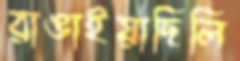
রাঙাইয়াছিলি